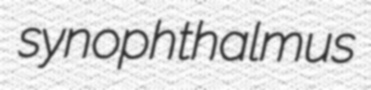
synophthalmus